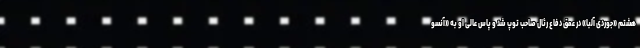
هشتم «جوردی آلبا» در عمق دفاع رئال صاحب توپ شد و پاس عالی او به «آنسو